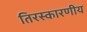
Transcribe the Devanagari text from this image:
तिरस्कारणीय